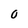
Character: O